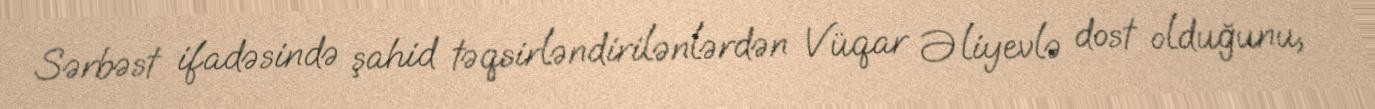
Sərbəst ifadəsində şahid təqsirləndirilənlərdən Vüqar Əliyevlə dost olduğunu,